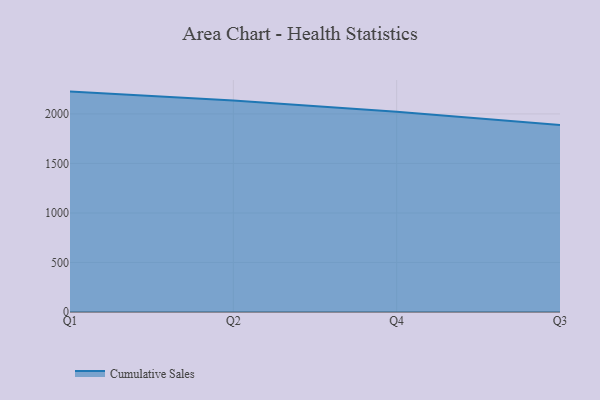
{"axis": {"x": "Quarter", "y": "Churn Rate (%)"}, "legend": ["Cumulative Sales"], "data": [{"x": "Q1", "y": 2225.3, "type": "Cumulative Sales"}, {"x": "Q2", "y": 2136.7, "type": "Cumulative Sales"}, {"x": "Q4", "y": 2022.3, "type": "Cumulative Sales"}, {"x": "Q3", "y": 1887.1, "type": "Cumulative Sales"}]}